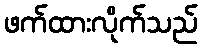
ဖက်ထားလိုက်သည်